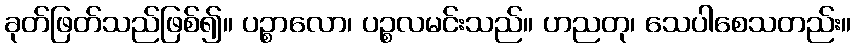
ခုတ်ဖြတ်သည်ဖြစ်၍။ ပဉ္စာလော၊ ပဉ္စလမင်းသည်။ ဟညတု၊ သေပါစေသတည်း။